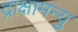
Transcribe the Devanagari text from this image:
द्राक्षामन्यु